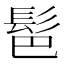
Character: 䯲